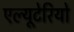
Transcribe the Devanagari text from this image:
एल्यूटेरियो